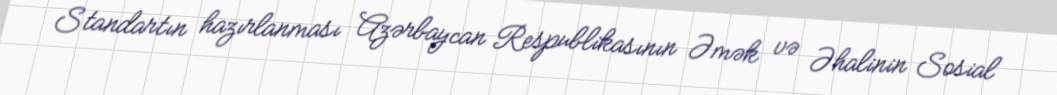
Standartın hazırlanması Azərbaycan Respublikasının Əmək və Əhalinin Sosial